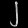
Digit: ၂